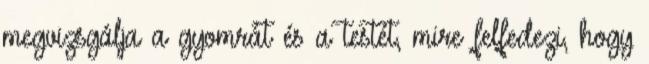
megvizsgálja a gyomrát és a testét, mire felfedezi, hogy